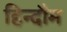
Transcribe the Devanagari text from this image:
हिन्दौम